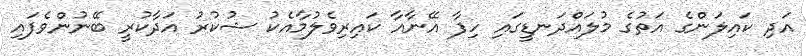
އަދި ކައިލަންގެ އަތުގެ މުލައްދަނޑީގައި ހިފާ އޭނާއާ ކައިރިވެލުމާއެކު ޝުކުރު އަދާކުރީ ބޭނުންވެފައި